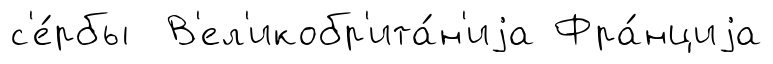
с'е́рбы В'ел'икобр'ита́н'иjа Фра́нциjа